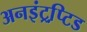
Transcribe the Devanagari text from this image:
अनइंट्रप्टि़ड